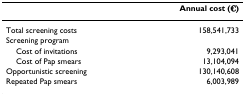
<table><thead><tr><td></td><td><b>Annual cost (€)</b></td></tr></thead><tbody><tr><td>Total screening costs</td><td>158,541,733</td></tr><tr><td>Screening program</td><td></td></tr><tr><td> Cost of invitations</td><td>9,293,041</td></tr><tr><td> Cost of Pap smears</td><td>13,104,094</td></tr><tr><td>Opportunistic screening</td><td>130,140,608</td></tr><tr><td>Repeated Pap smears</td><td>6,003,989</td></tr></tbody></table>